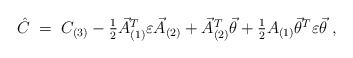
\begin{align*} \hat{C}\;=\; C_{(3)} -\textstyle{\frac{1}{2}} \vec{A}^{T}_{(1)}\varepsilon\vec{A}_{(2)} +\vec{A}_{(2)}^{T}\vec{\theta} +\textstyle{\frac{1}{2}}A_{(1)}\vec{\theta}^{T}\varepsilon\vec{\theta} \; ,\end{align*}